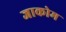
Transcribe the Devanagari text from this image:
जाकोम